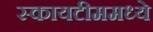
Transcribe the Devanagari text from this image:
स्कायटीममध्ये